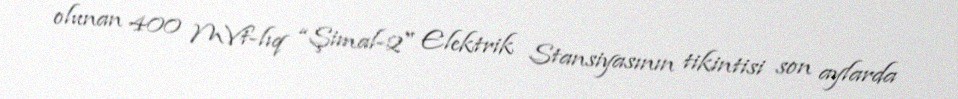
olunan 400 MVt-lıq “Şimal-2" Elektrik Stansiyasının tikintisi son aylarda